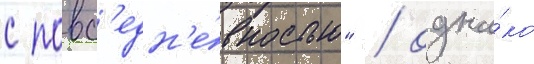
с повс'едн'е́вностью" / одна́ко